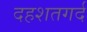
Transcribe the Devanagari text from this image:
दहशतगर्द